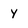
Character: y